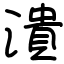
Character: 潰